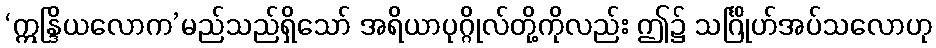
‘ဣန္ဒြိယလောက’မည်သည်ရှိသော် အရိယာပုဂ္ဂိုလ်တို့ကိုလည်း ဤ၌ သင်္ဂြိုဟ်အပ်သလောဟု